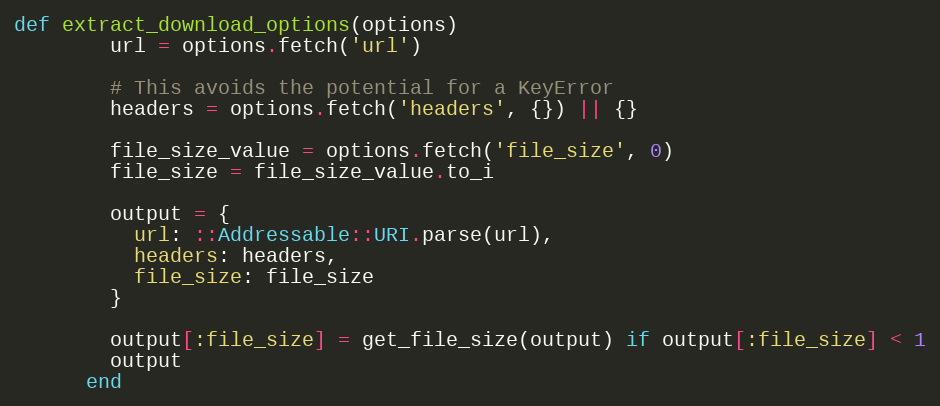
Language: Ruby
def extract_download_options(options)
        url = options.fetch('url')

        # This avoids the potential for a KeyError
        headers = options.fetch('headers', {}) || {}

        file_size_value = options.fetch('file_size', 0)
        file_size = file_size_value.to_i

        output = {
          url: ::Addressable::URI.parse(url),
          headers: headers,
          file_size: file_size
        }

        output[:file_size] = get_file_size(output) if output[:file_size] < 1
        output
      end